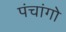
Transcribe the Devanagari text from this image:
पंचांगो